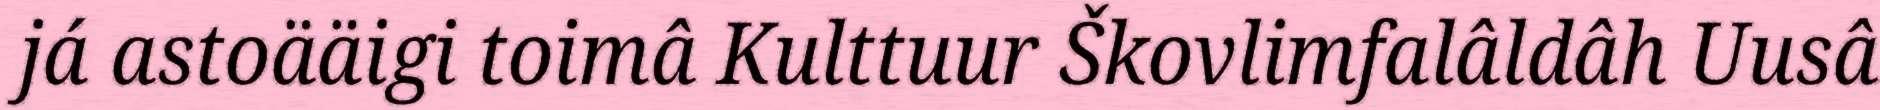
já astoääigi toimâ Kulttuur Škovlimfalâldâh Uusâ